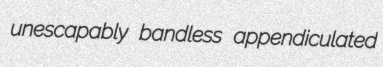
unescapably bandless appendiculated